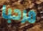
مرحبا